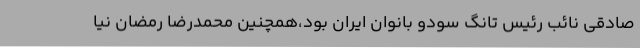
صادقی نائب رئیس تانگ سودو بانوان ایران بود،همچنین محمدرضا رمضان نیا